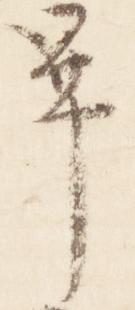
畢